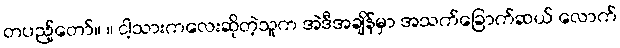
တပည့်တော်။ ။ ငါ့သားကလေးဆိုတဲ့သူက အဲဒီအချိန်မှာ အသက်ခြောက်ဆယ် လောက်